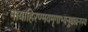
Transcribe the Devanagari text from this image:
मायाहिरण्मयमृगाभ्यनुधावनस्य